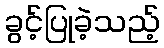
ခွင့်ပြုခဲ့သည့်